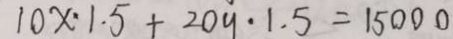
1 0 x \cdot 1 . 5 + 2 0 y \cdot 1 . 5 = 1 5 0 0 0